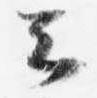
云